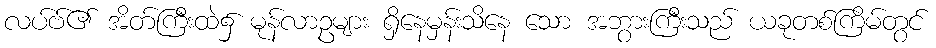
လပ်ဗ်၏ အိတ်ကြီးထဲ၌ မုန်လာဥများ ရှိနေမှန်းသိနေ သော အဘွားကြီးသည် ယခုတစ်ကြိမ်တွင်